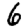
Digit: 6